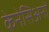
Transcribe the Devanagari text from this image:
केनेसिअनों